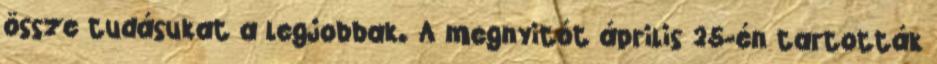
össze tudásukat a legjobbak. A megnyitót április 25-én tartották